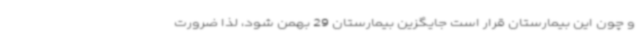
و چون این بیمارستان قرار است جایگزین بیمارستان 29 بهمن شود، لذا ضرورت